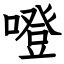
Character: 噔